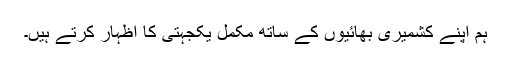
ہم اپنے کشمیری بھائیوں کے ساتھ مکمل یکجہتی کا اظہار کرتے ہیں۔